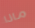
ماذا